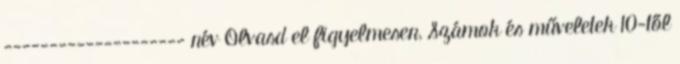
-------------------- név Olvasd el figyelmesen, Számok és műveletek 10-től